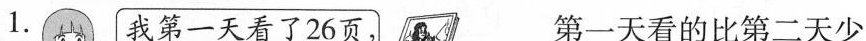
1.我第一天看了26页； 第一天看的比第二天少